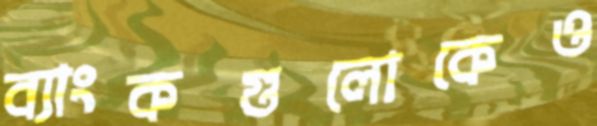
ব্যাংকগুলোকেও